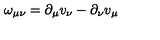
\omega _ { \mu \nu } = \partial _ { \mu } v _ { \nu } - \partial _ { \nu } v _ { \mu }